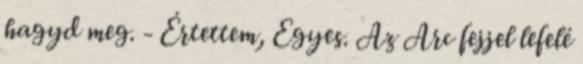
hagyd meg. - Értettem, Egyes. Az Arc fejjel lefelé